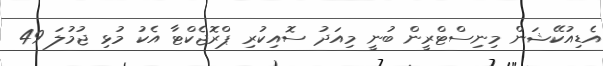
އެޑިއުކޭޝަން މިނިސްޓްރީން ބުނީ މިއަދު ސޮއިކުރި ޕްރޮޖެކްޓާ އެކު މުޅި ޖުމުލަ 49